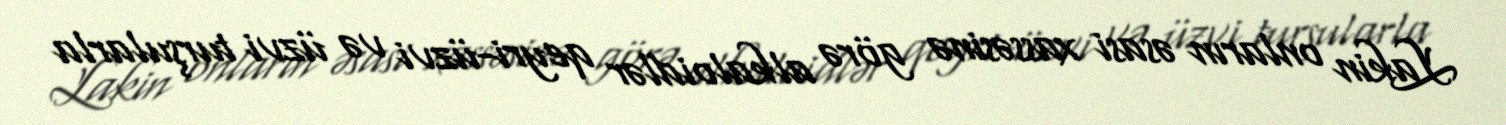
Lakin onların əsasi xassəsinə görə alkaloidlər qeyri-üzvi və üzvi turşularla